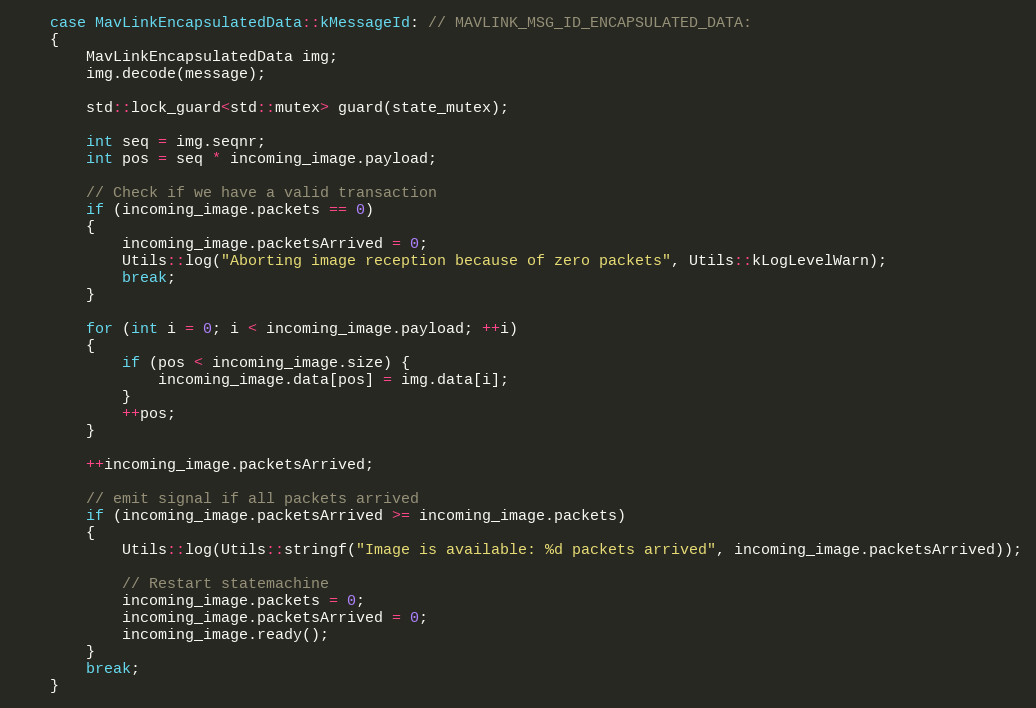
Language: C++
    case MavLinkEncapsulatedData::kMessageId: // MAVLINK_MSG_ID_ENCAPSULATED_DATA:
    {
        MavLinkEncapsulatedData img;
        img.decode(message);

        std::lock_guard<std::mutex> guard(state_mutex);

        int seq = img.seqnr;
        int pos = seq * incoming_image.payload;

        // Check if we have a valid transaction
        if (incoming_image.packets == 0)
        {
            incoming_image.packetsArrived = 0;
            Utils::log("Aborting image reception because of zero packets", Utils::kLogLevelWarn);
            break;
        }

        for (int i = 0; i < incoming_image.payload; ++i)
        {
            if (pos < incoming_image.size) {
                incoming_image.data[pos] = img.data[i];
            }
            ++pos;
        }

        ++incoming_image.packetsArrived;

        // emit signal if all packets arrived
        if (incoming_image.packetsArrived >= incoming_image.packets)
        {
            Utils::log(Utils::stringf("Image is available: %d packets arrived", incoming_image.packetsArrived));

            // Restart statemachine
            incoming_image.packets = 0;
            incoming_image.packetsArrived = 0;
            incoming_image.ready();
        }
        break;
    }